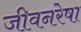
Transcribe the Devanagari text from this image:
जीवनरेषा